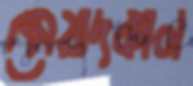
মেয়াদকাল